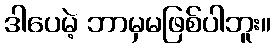
ဒါပေမဲ့ ဘာမှမဖြစ်ပါဘူး။